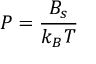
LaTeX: P = { \frac { B _ { s } } { k _ { B } T } }